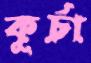
কূর্চা